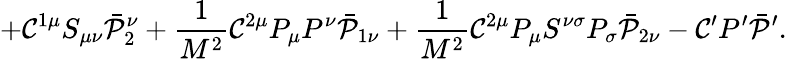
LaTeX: +{\cal C}^{1\mu}S_{\mu\nu}\bar{\cal P}_{2}^{\nu}+\frac{1}{M^{2}}{\cal C}^{2\mu}P_{\mu}P^{\nu}\bar{\cal P}_{1\nu}+\frac{1}{M^{2}}{\cal C}^{2\mu}P_{\mu}S^{\nu\sigma}P_{\sigma}\bar{\cal P}_{2\nu}-{\cal C}^{\prime}P^{\prime}\bar{\cal P}^{\prime}.